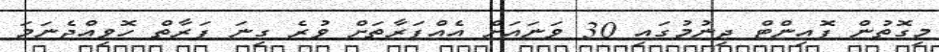
މިގޮތުން ޕޮއިންޓް ދިނުމުގައި 30 ވަނައަށް އެއްފަރާތަށް ވުރެ ގިނަ ފަރާތް ހޮވިއްޖެނަމަ